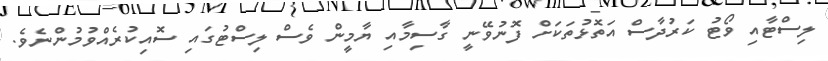
ލިސްޓާއި ވޯޓު ކަރުދާސް އަތޮޅުތަކަށް ފޮނުވޭނީ ގާސިމާއި ޔާމީން ވެސް ލިސްޓުގައި ސޮއިކުރެއްވުމުންނެވެ.